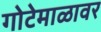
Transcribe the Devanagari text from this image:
गोटेमाळावर